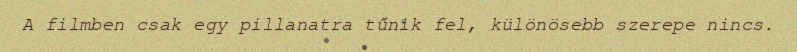
A filmben csak egy pillanatra tűnik fel, különösebb szerepe nincs.